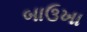
બાઉખા